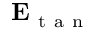
\mathbf { E } _ { \mathrm { ~ t ~ a ~ n ~ } }